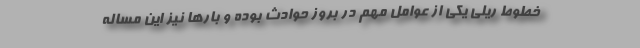
خطوط ریلی یکی از عوامل مهم در بروز حوادث بوده و بارها نیز این مساله